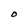
Character: O